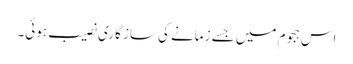
اس ہجوم میں جسے زمانے کی ساز گاری نصیب ہوئی۔